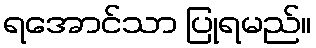
ရအောင်သာ ပြုရမည်။